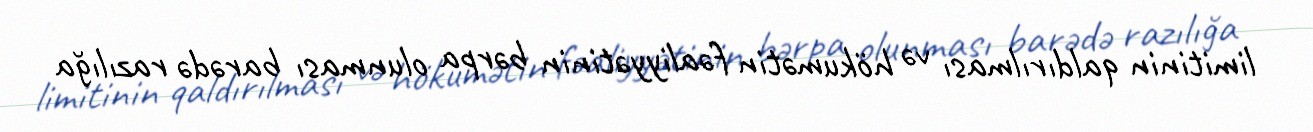
limitinin qaldırılması və hökumətin fəaliyyətinin bərpa olunması barədə razılığa